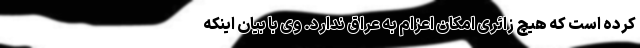
کرده است که هیچ زائری امکان اعزام به عراق ندارد. وی با بیان اینکه